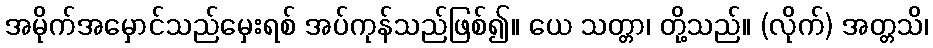
အမိုက်အမှောင်သည်မှေးရစ် အပ်ကုန်သည်ဖြစ်၍။ ယေ သတ္တာ၊ တို့သည်။ (လိုက်) အတ္တသိ၊